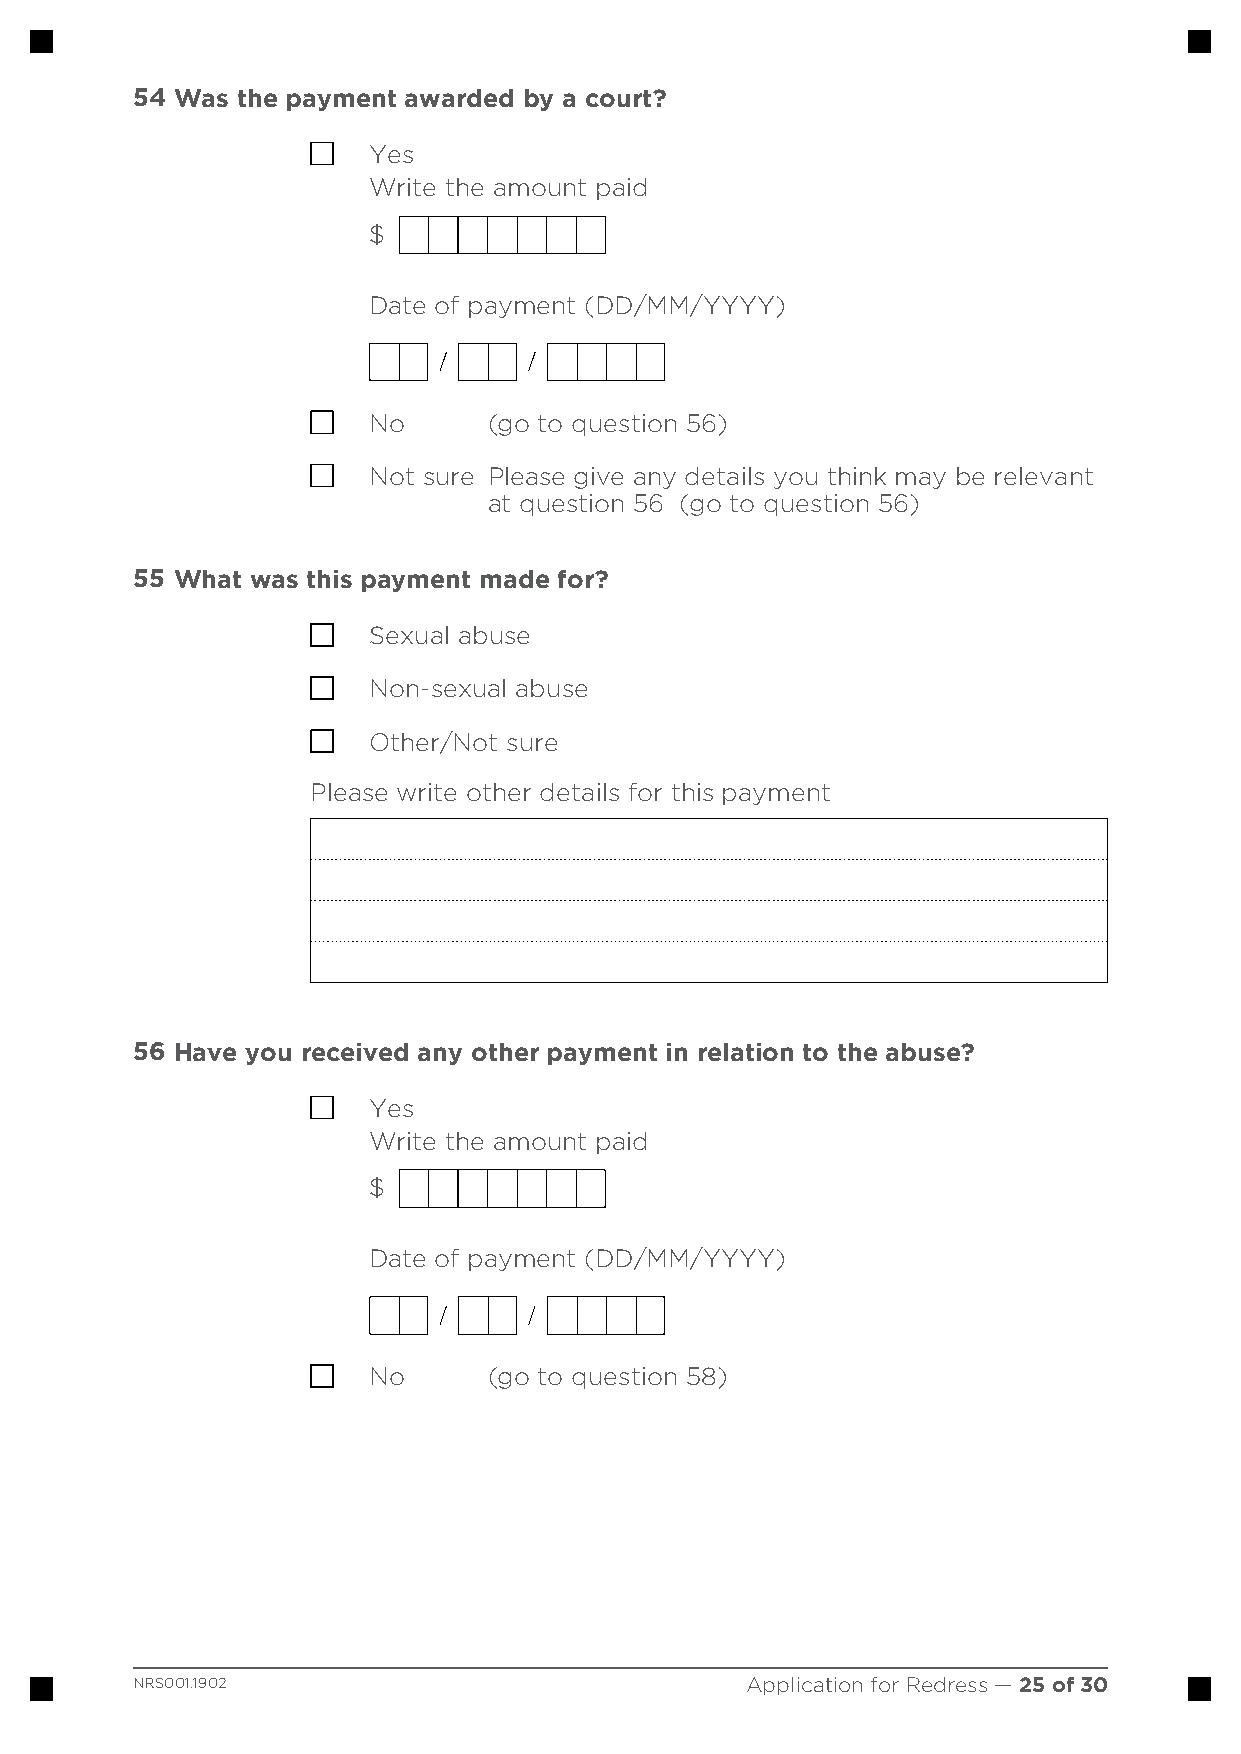
54 Was the payment awarded by a court?
 Yes
 Write the amount paid
 $
 Date of payment (DD/MM/YYYY)
 No      (go to question 56)
 Not sure Please give any details you think may be relevant
 at question 56 (go to question 56)
 55 What was this payment made for?
 Sexual abuse
 Non-sexual abuse
 Other/Not sure
 Please write other details for this payment
 56 Have you received any other payment in relation to the abuse?
 Yes
 Write the amount paid
 $
 Date of payment (DD/MM/YYYY)
 No      (go to question 58)
 NRS001.1902                             Application for Redress — 25 of 30